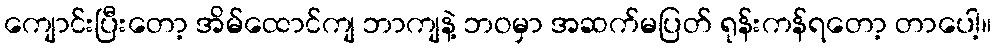
ကျောင်းပြီးတော့ အိမ်ထောင်ကျ ဘာကျနဲ့ ဘဝမှာ အဆက်မပြတ် ရုန်းကန်ရတော့ တာပေါ့။